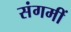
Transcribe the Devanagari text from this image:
संगमीं